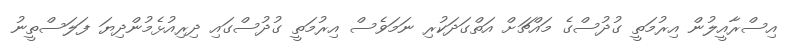
އިސްރާއީލުން އިރުމަތީ ގުދުސްގެ މައްޗަށް އަތްގަދަކުރި ނަމަވެސް އިރުމަތީ ގުދުސްގައި ދިރިއުޅެމުންދިޔަ ފަލަސްތީނު